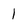
Character: 1